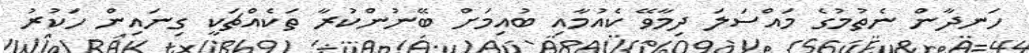
ހަނދާން ނެތުމުގެ މައްސަލަ ދިމާވޭ ކެއުމާއި ބުއިމަށް ބޭނުންކުރާ ތަކެއްޗަކީ ގިނައިން ހަކުރު